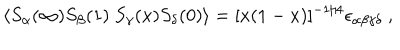
LaTeX: \langle S _ { \alpha } ( \infty ) S _ { \beta } ( 1 ) \ S _ { \gamma } ( x ) S _ { \delta } ( 0 ) \rangle = [ x ( 1 - x ) ] ^ { - 1 / 4 } \epsilon _ { \alpha \beta \gamma \delta } \ ,